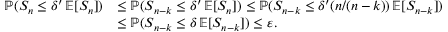
\begin{array} { r l } { \operatorname { \mathbb { P } } ( S _ { n } \leq \delta ^ { \prime } \operatorname { \mathbb { E } } [ S _ { n } ] ) } & { \leq \operatorname { \mathbb { P } } ( S _ { n - k } \leq \delta ^ { \prime } \operatorname { \mathbb { E } } [ S _ { n } ] ) \leq \operatorname { \mathbb { P } } ( S _ { n - k } \leq \delta ^ { \prime } ( n / ( n - k ) ) \operatorname { \mathbb { E } } [ S _ { n - k } ] ) } \\ & { \leq \operatorname { \mathbb { P } } ( S _ { n - k } \leq \delta \operatorname { \mathbb { E } } [ S _ { n - k } ] ) \leq \varepsilon . } \end{array}